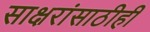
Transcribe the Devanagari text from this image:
साक्षरांसाठीही